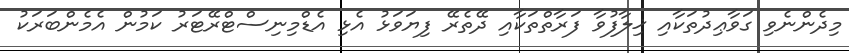
މިދެންނެވި ގަވާޢިދުތަކާއި ޚިލާފުވާ ފަރާތްތަކާއި ދޭތެރޭ ފިޔަވަޅު އެޅި އެޑްމިނިސްޓްރޭޓަރު ކަމުން އެމެންބަރަކު